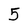
Character: 5